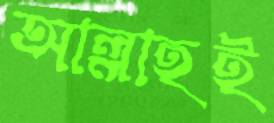
আল্লাহই